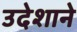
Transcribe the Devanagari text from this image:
उदेशाने